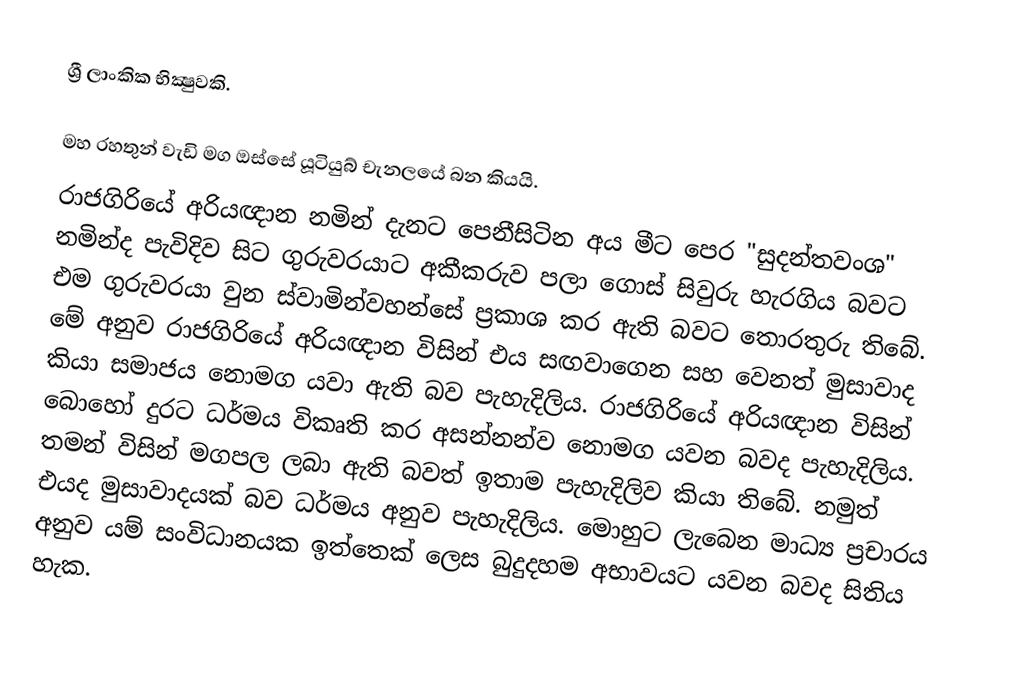
ශ්‍රී ලාංකික භික්‍ෂුවකි.

මහ රහතුන් වැඩි මග ඔස්සේ යූටියුබ් චැනලයේ බන කියයි.
රාජගිරියේ අරියඥාන නමින් දැනට පෙනීසිටින අය මීට පෙර "සුදන්තවංශ" නමින්ද පැවිදිව සිට ගුරුවරයාට අකීකරුව පලා ගොස් සිවුරු හැරගිය බවට එම ගුරුවරයා වුන ස්වාමින්වහන්සේ ප්‍රකාශ කර ඇති බවට තොරතුරු තිබේ. මේ අනුව රාජගිරියේ අරියඥාන විසින් එය සඟවාගෙන සහ වෙනත් මුසාවාද කියා සමාජය නොමග යවා ඇති බව පැහැදිලිය. රාජගිරියේ අරියඥාන විසින් බොහෝ දුරට ධර්මය විකෘති කර අසන්නන්ව නොමග යවන බවද පැහැදිලිය. තමන් විසින් මගපල ලබා ඇති බවත් ඉතාම පැහැදිලිව කියා තිබේ. නමුත් එයද මුසාවාදයක් බව ධර්මය අනුව පැහැදිලිය. මොහුට ලැබෙන මාධ්‍ය ප්‍රචාරය අනුව යම් සංවිධානයක ඉත්තෙක් ලෙස බුදුදහම අභාවයට යවන බවද සිතිය හැක.